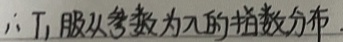
\(\therefore T_1\)服从参数为\(\lambda\)的指数分布。